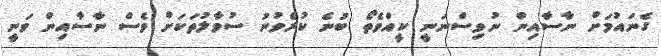
ގެނައުމަށް ނާސާއިން ނުވިސްނަނީ ކީއްވެތޯ ބުނެ ކުރެވުނު ސުވާލުތަކަށް ވެސް ނާސާއިން ވަނީ